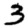
Digit: 3